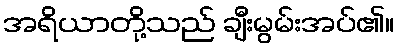
အရိယာတို့သည် ချီးမွမ်းအပ်၏။